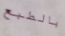
بالطبع